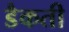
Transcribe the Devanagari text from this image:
डैकती